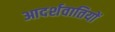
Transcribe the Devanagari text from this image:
आदर्शवातियों